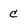
Character: C